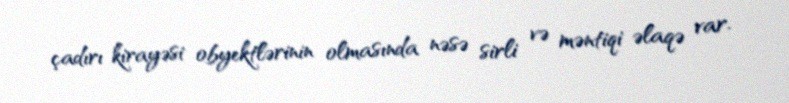
çadırı kirayəsi obyektlərinin olmasında nəsə sirli və məntiqi əlaqə var.